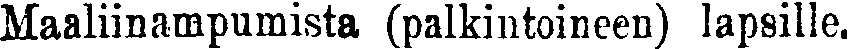
Maaliinampumista (palkintoineen) lapsille.